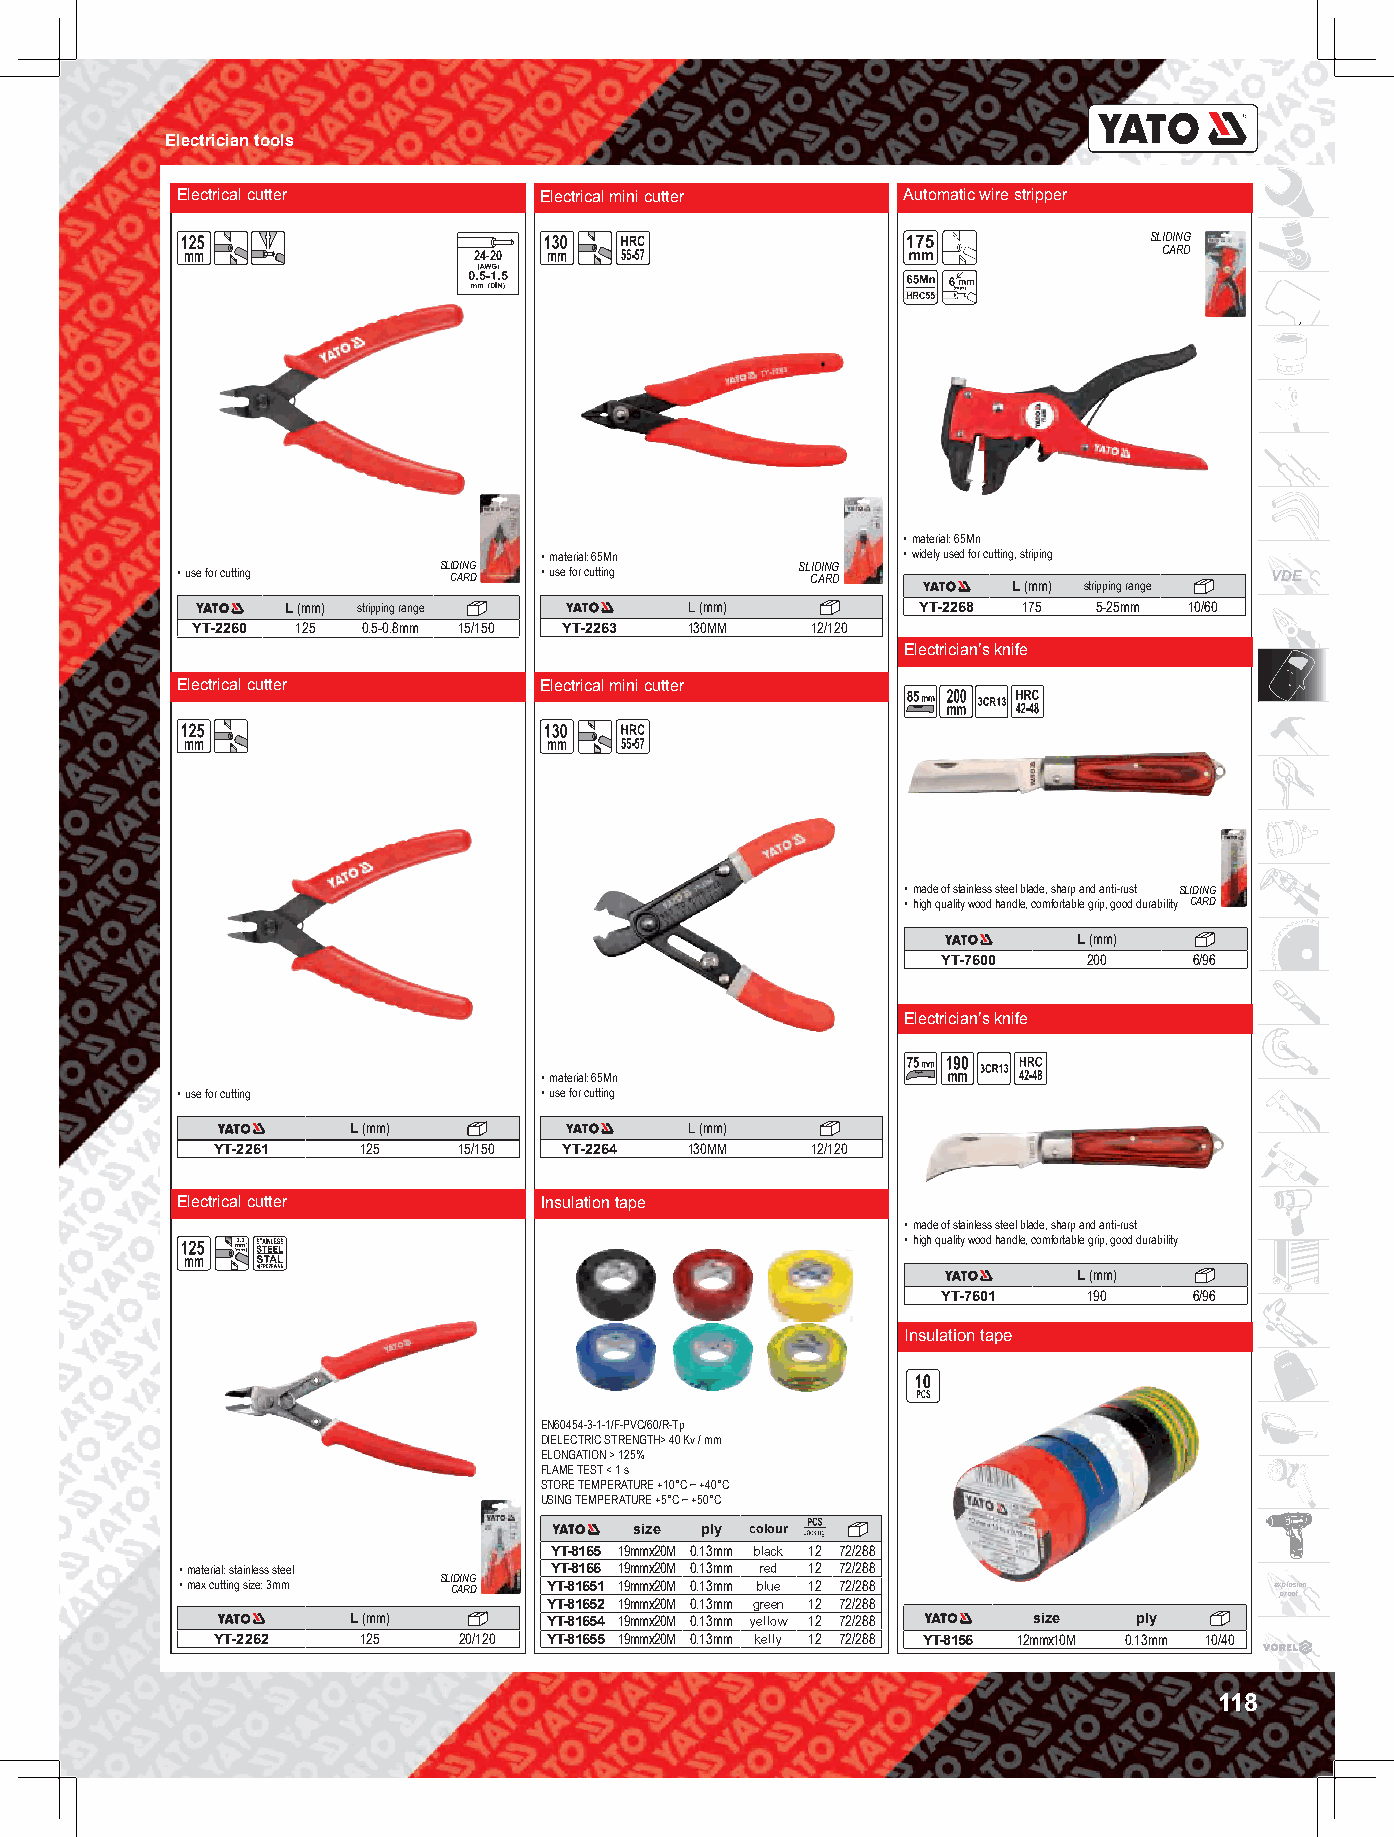
Electrician tools
 Electrical cutter       Electrical mini cutter  Automatic wire stripper
 SLIDING
 24-20                                         CARD
 • material: 65Mn
 • material: 65Mn        • widely used for cutting, striping
 • use for cutting SL CID AIN RG D • use for cutting SL CID AIN RG D     VDE
 L (mm) stripping range
 L (mm) stripping range     L (mm)         YT-2268 175 5-25mm 10/60
 YT-2260 125 0.5-0.8mm 15/150 YT-2263 130MM 12/120
 Electrician’s knife
 Electrical cutter       Electrical mini cutter
 • made of stainless steel blade, sharp and anti-rust SLIDING
 • high quality wood handle, comfortable grip, good durability CARD
 L (mm)
 YT-7600   200    6/96
 Electrician’s knife
 • material: 65Mn
 • use for cutting       • use for cutting
 L (mm)                 L (mm)
 YT-2261   125   15/150 YT-2264  130MM   12/120
 Electrical cutter       Insulation tape
 • made of stainless steel blade, sharp and anti-rust
 • high quality wood handle, comfortable grip, good durability
 L (mm)
 YT-7601   190    6/96
 Insulation tape
 EN60454-3-1-1/F-PVC/60/R-Tp
 DIELECTRIC STRENGTH> 40 Kv / mm
 ELONGATION > 125%
 FLAME TEST < 1 s
 STORE TEMPERATURE +10°C ~ +40°C
 USING TEMPERATURE +5°C ~ +50°C
 size ply colour
 YT-8165 19mmx20M 0.13mm black 12 72/288
 • material: stainless steel YT-8166 19mmx20M 0.13mm red 12 72/288
 • max cutting size: 3mm SL CID AIN RG D Y YT T- -8 81 16 65 51
 2
 1 19 9m mm mx x2 20 0M
 M
 0 0. .1 13 3m mm
 m
 gb rl eu ee
 n
 1 12
 2
 7 72 2/ /2 28 88
 8
 e x pp rl oo os fion
 L (mm)       YT-81654 19mmx20M 0.13mm yellow 12 72/288 size ply
 YT-2262   125   20/120 YT-81655 19mmx20M 0.13mm kelly 12 72/288 YT-8156 12mmx10M 0.13mm 10/40
 118